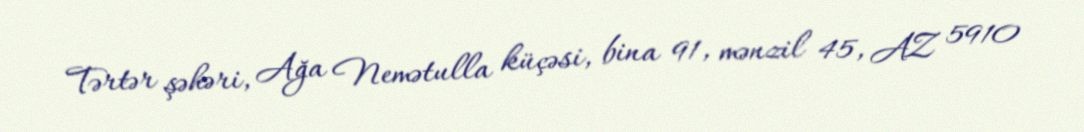
Tərtər şəhəri, Ağa Nemətulla küçəsi, bina 91, mənzil 45, AZ 5910